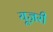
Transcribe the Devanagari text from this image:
यूज़री